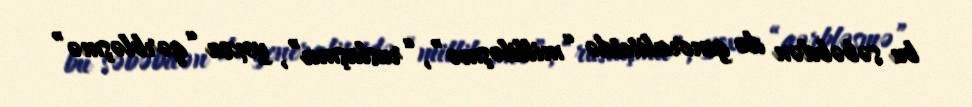
bu səbəbdən də generalitetdə “milliləşmə”, “ruslaşma”, yoxsa “qərbləşmə”